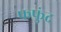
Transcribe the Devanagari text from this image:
फफुंद